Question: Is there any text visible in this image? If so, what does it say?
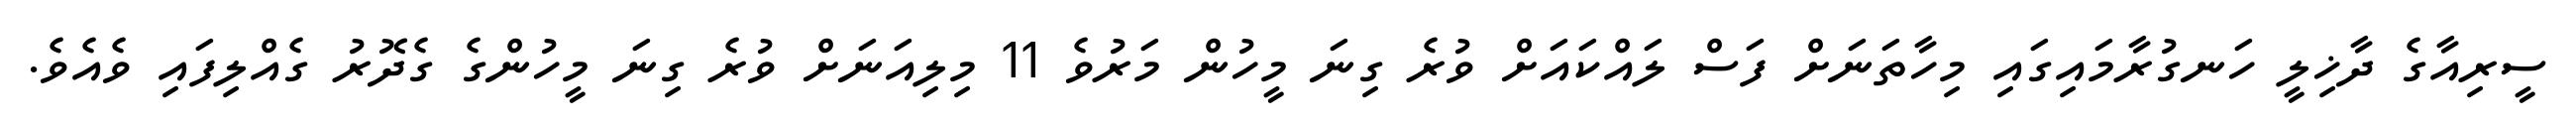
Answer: ސީރިއާގެ ދާޚިލީ ހަނގުރާމައިގައި މިހާތަނަށް ފަސް ލައްކައަށް ވުރެ ގިނަ މީހުން މަރުވެ 11 މިލިއަނަށް ވުރެ ގިނަ މީހުންގެ ގެދޮރު ގެއްލިފައި ވެއެވެ.